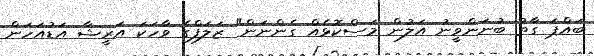
ބައްޕަ ގާތު ބުނަންވީނު އަލުން މަސްކޮޅެއް ގެންނަން" ޒަލަފްގެ ވާހަކަ އަރީޝާ އަޑުއަހަން